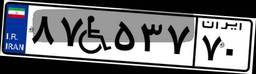
۸۷W۵۳۷۷۰